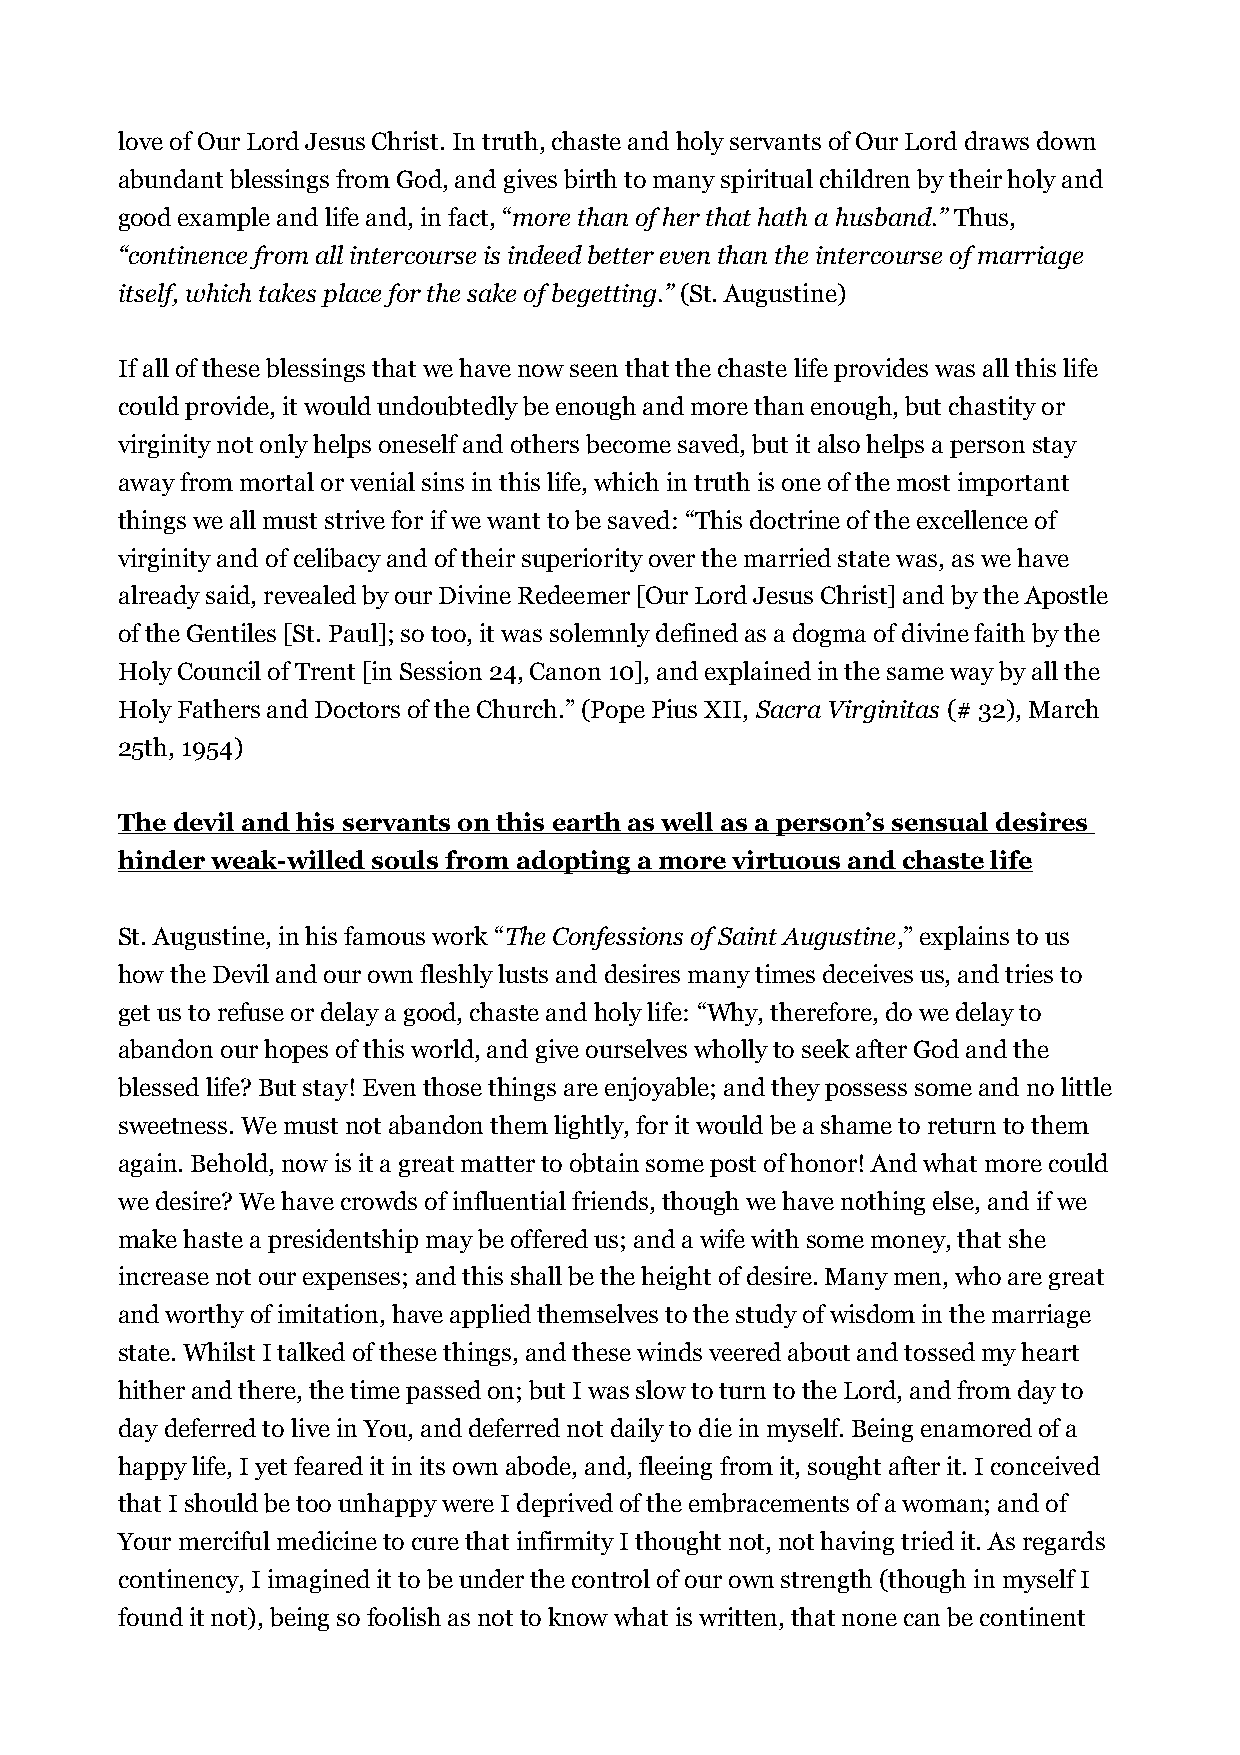
love of Our Lord Jesus Christ. In truth, chaste and holy servants of Our Lord draws down
 abundant blessings from God, and gives birth to many spiritual children by their holy and
 good example and life and, in fact, “more than of her that hath a husband.” Thus,
 “continence from all intercourse is indeed better even than the intercourse of marriage
 itself, which takes place for the sake of begetting.” (St. Augustine)
 If all of these blessings that we have now seen that the chaste life provides was all this life
 could provide, it would undoubtedly be enough and more than enough, but chastity or
 virginity not only helps oneself and others become saved, but it also helps a person stay
 away from mortal or venial sins in this life, which in truth is one of the most important
 things we all must strive for if we want to be saved: “This doctrine of the excellence of
 virginity and of celibacy and of their superiority over the married state was, as we have
 already said, revealed by our Divine Redeemer [Our Lord Jesus Christ] and by the Apostle
 of the Gentiles [St. Paul]; so too, it was solemnly defined as a dogma of divine faith by the
 Holy Council of Trent [in Session 24, Canon 10], and explained in the same way by all the
 Holy Fathers and Doctors of the Church.” (Pope Pius XII, Sacra Virginitas (# 32), March
 25th, 1954)
 The devil and his servants on this earth as well as a person’s sensual desires
 hinder weak-willed souls from adopting a more virtuous and chaste life
 St. Augustine, in his famous work “The Confessions of Saint Augustine,” explains to us
 how the Devil and our own fleshly lusts and desires many times deceives us, and tries to
 get us to refuse or delay a good, chaste and holy life: “Why, therefore, do we delay to
 abandon our hopes of this world, and give ourselves wholly to seek after God and the
 blessed life? But stay! Even those things are enjoyable; and they possess some and no little
 sweetness. We must not abandon them lightly, for it would be a shame to return to them
 again. Behold, now is it a great matter to obtain some post of honor! And what more could
 we desire? We have crowds of influential friends, though we have nothing else, and if we
 make haste a presidentship may be offered us; and a wife with some money, that she
 increase not our expenses; and this shall be the height of desire. Many men, who are great
 and worthy of imitation, have applied themselves to the study of wisdom in the marriage
 state. Whilst I talked of these things, and these winds veered about and tossed my heart
 hither and there, the time passed on; but I was slow to turn to the Lord, and from day to
 day deferred to live in You, and deferred not daily to die in myself. Being enamored of a
 happy life, I yet feared it in its own abode, and, fleeing from it, sought after it. I conceived
 that I should be too unhappy were I deprived of the embracements of a woman; and of
 Your merciful medicine to cure that infirmity I thought not, not having tried it. As regards
 continency, I imagined it to be under the control of our own strength (though in myself I
 found it not), being so foolish as not to know what is written, that none can be continent